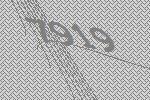
7919